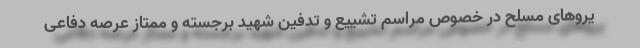
یروهای مسلح در خصوص مراسم تشییع و تدفین شهید برجسته و ممتاز عرصه دفاعی